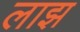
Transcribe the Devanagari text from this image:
लाझ